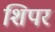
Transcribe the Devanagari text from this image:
शिपर